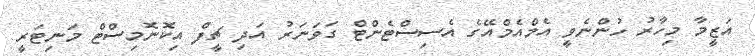
އަޒީމާ މިހާރު ހުންނެވީ އެމްއެމްއޭގެ އެސިސްޓެންޓް ގަވަނަރު އަދި ޗީފް އިކޮނޮމިސްޓް މަނިޓަރީ